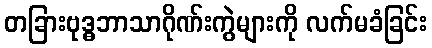
တခြားဗုဒ္ဓဘာသာဂိုဏ်းကွဲများကို လက်မခံခြင်း